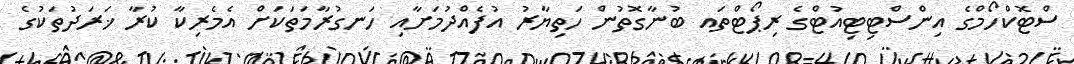
ސްޓޮކްހޯމްގެ އިންސްޓިޓިއުޓްގެ ރިޕޯޓްތައ ބުނާގޮތުން ހަތިޔާރު އުފެއްދުމަށާއި ހަނގުރާމަތަކަށް އެމެރިކާ ކުރާ ޚަރަދުތަކުގެ